Insane asylums in Bengal annual reports 1876-1887 - 1876-1887
Year: 1876
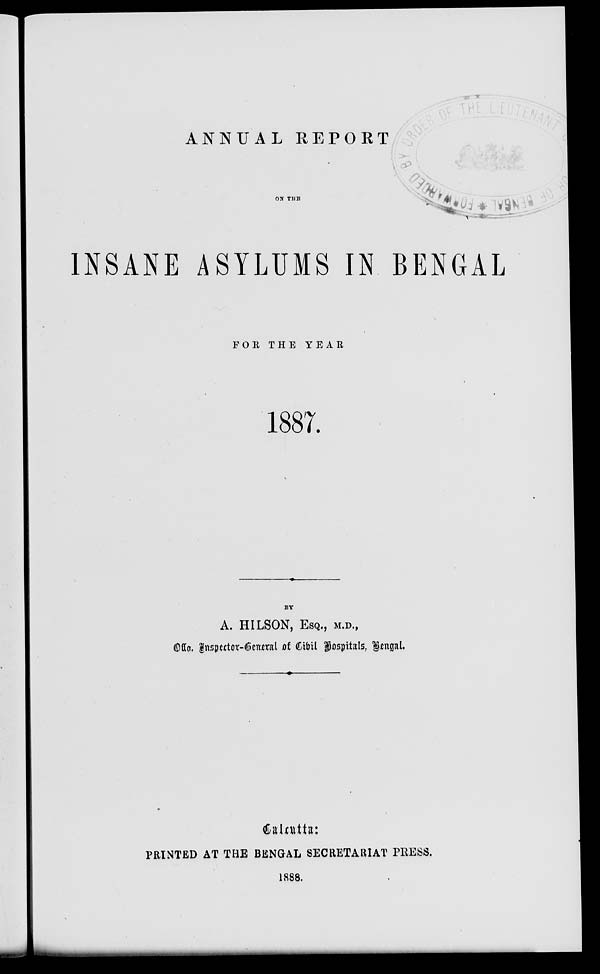
ANNUAL REPORT
ON THE
INSANE ASYLUMS IN BENGAL
FOR THE YEAR
1887.
BY
A. HILSON, ESQ., M.D.,
Offg. Inspector-General of Civil Hospitals, Bengal.
Calcutta:
PRINTED AT THE BENGAL SECRETARIAT PRESS.
1888.